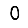
Digit: 0